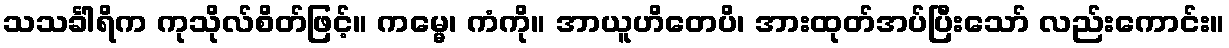
သသင်္ခါရိက ကုသိုလ်စိတ်ဖြင့်။ ကမ္မေ၊ ကံကို။ အာယူဟိတေပိ၊ အားထုတ်အပ်ပြီးသော် လည်းကောင်း။